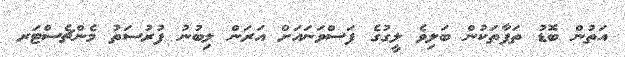
އަތުން ބޮޑު ތަފާތަކުން ބަލިވެ ލީގުގެ ފަސްވަނައަށް އަރަން ލިބުނު ފުރުސަތު މެންޗެސްޓަރ